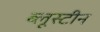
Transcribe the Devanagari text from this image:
ब्लूस्टीन